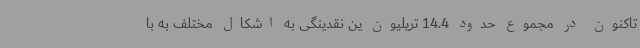
تاکنون در مجموع حدود 14.4 تریلیون ین نقدینگی به اشکال مختلف به با